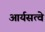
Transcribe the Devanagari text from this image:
आर्यसत्वे